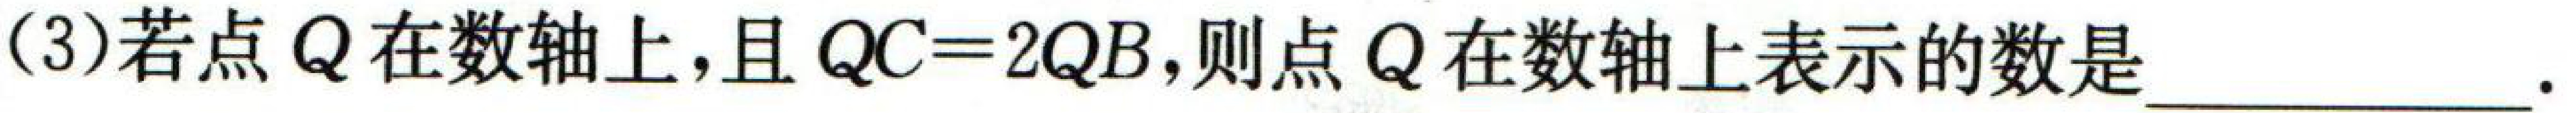
(3)若点$Q$在数轴上,且$QC = 2QB$,则点$Q$在数轴上表示的数是___.